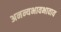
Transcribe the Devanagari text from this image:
अनन्यभावभावाय